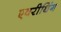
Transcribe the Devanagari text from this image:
एवरीथिंग